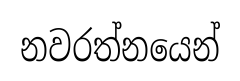
නවරත්නයෙන්